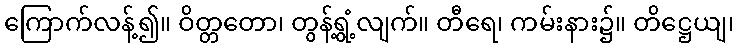
ကြောက်လန့်၍။ ဝိတ္တတော၊ တွန့်ရွံ့လျက်။ တီရေ၊ ကမ်းနား၌။ တိဋ္ဌေယျ၊